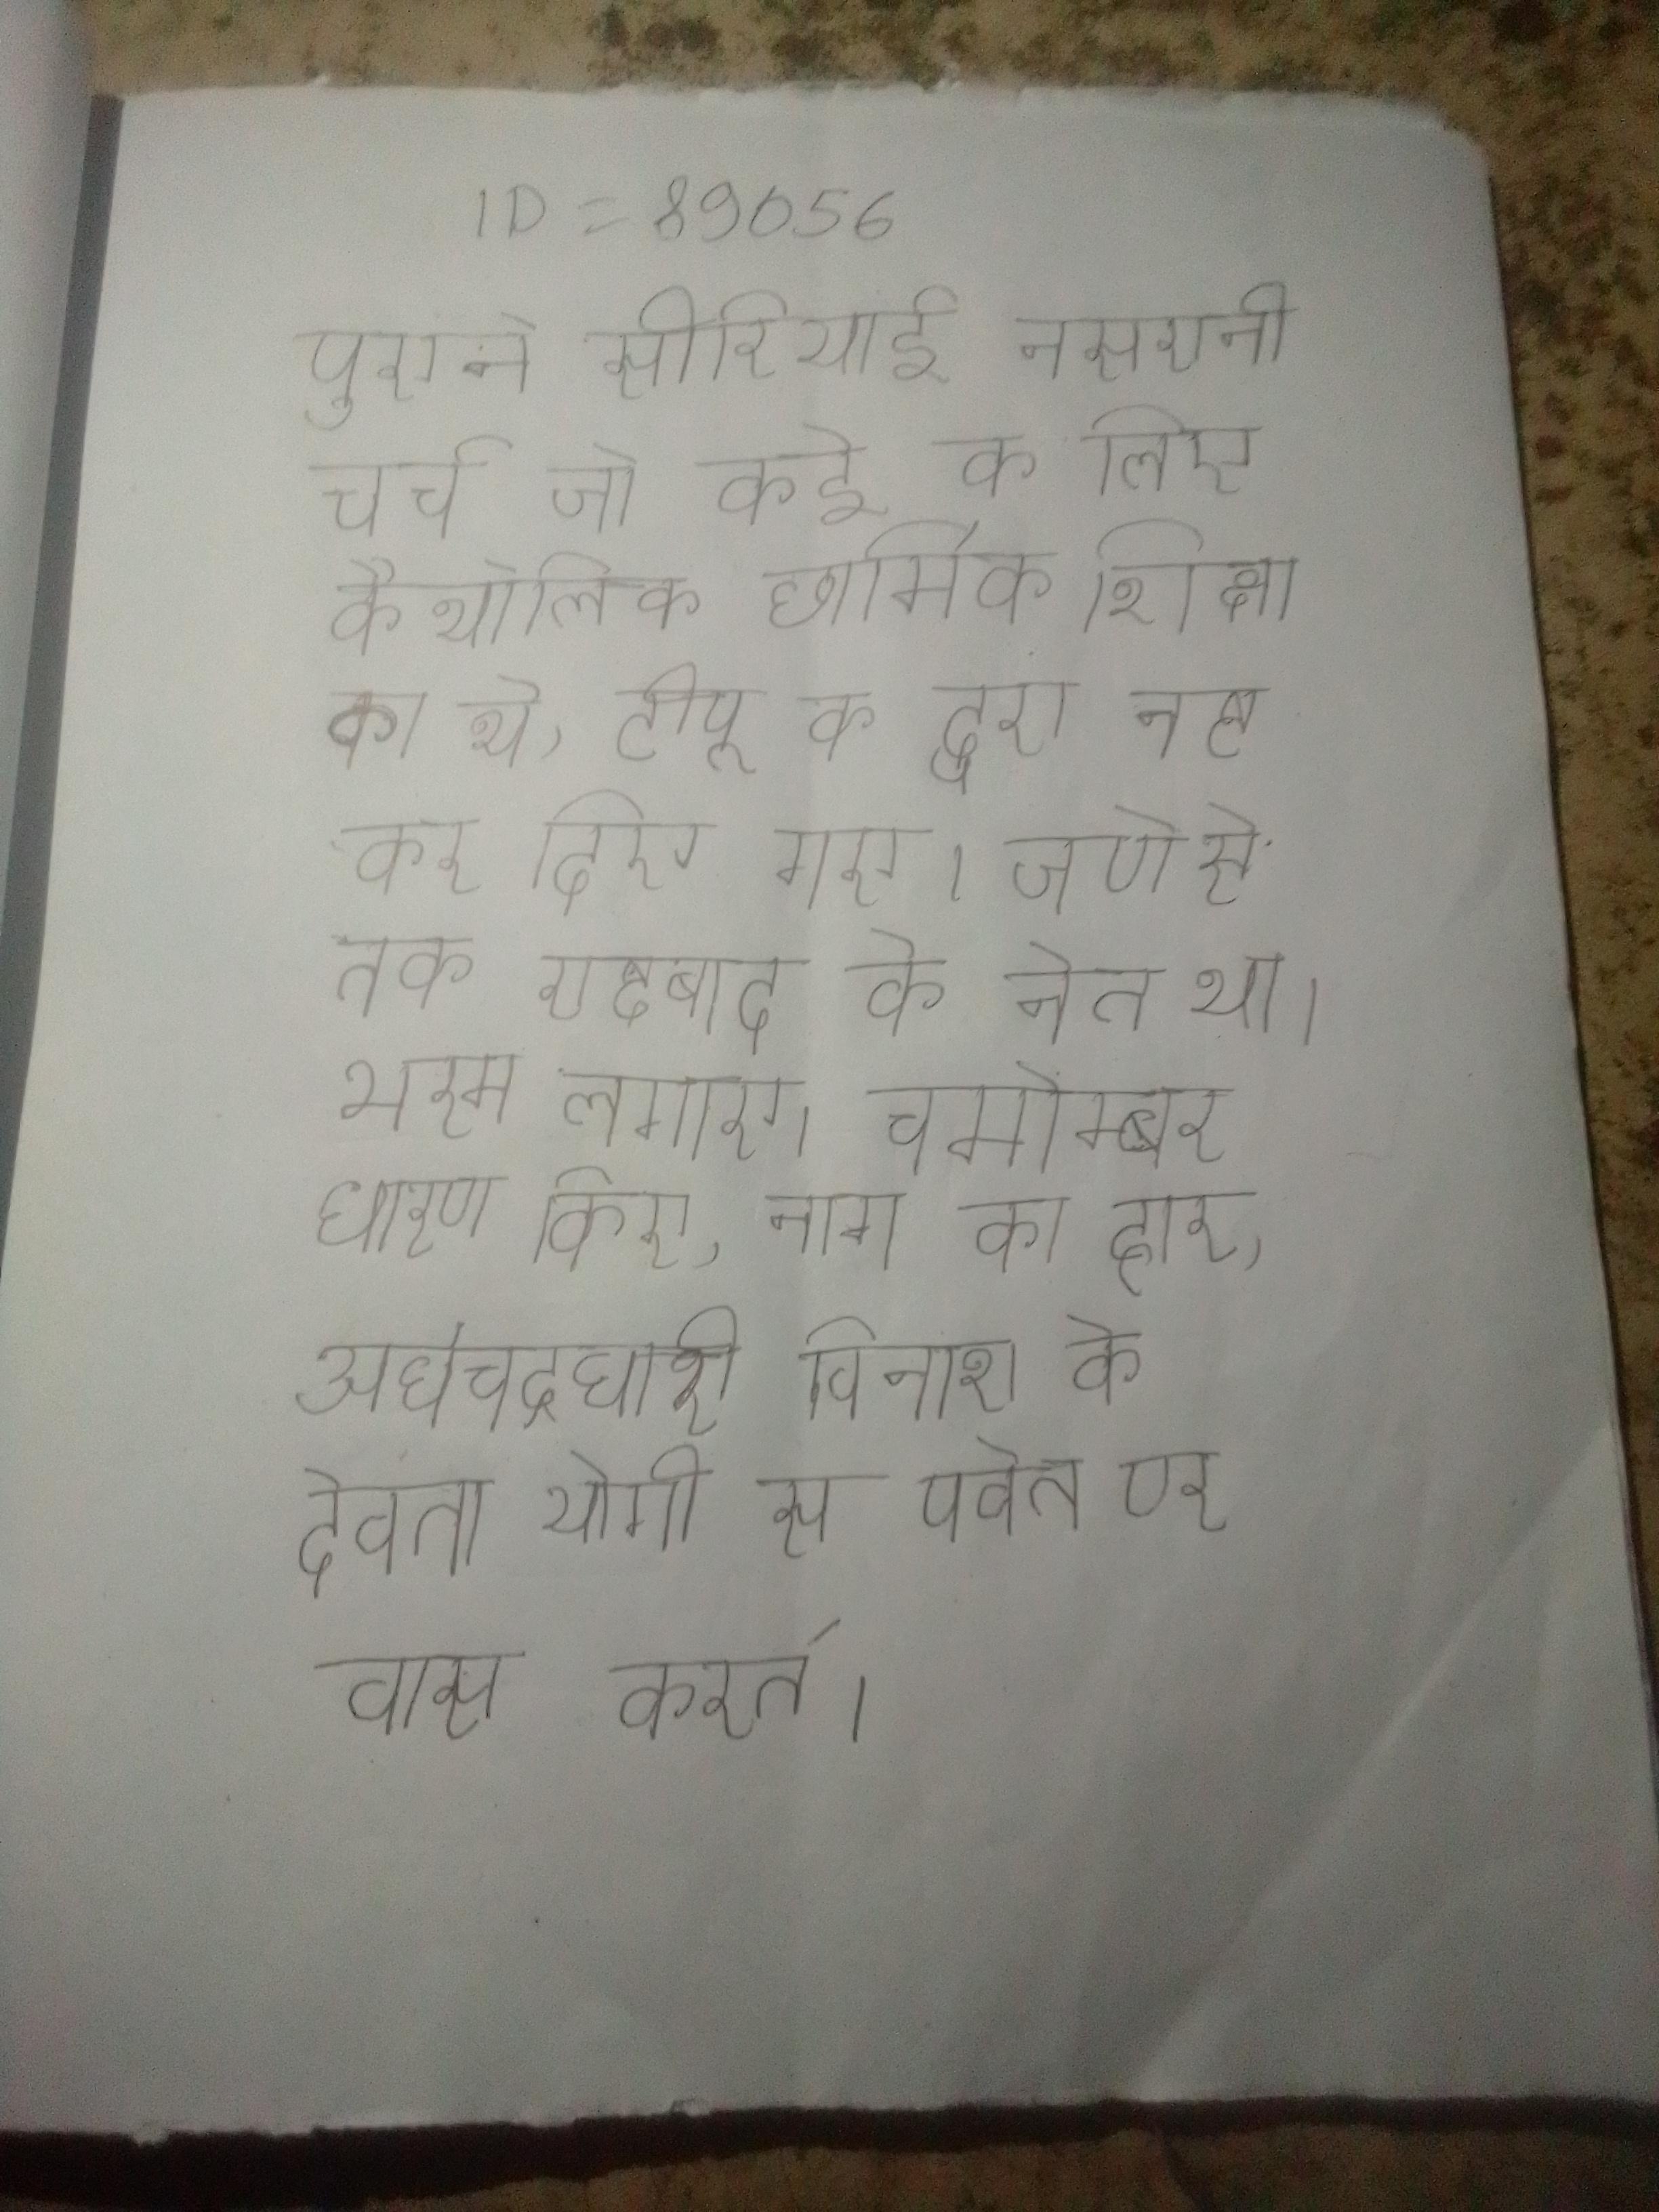
पुराने सीरियाई नसरानी चर्च जो कई के लिए कैथोलिक धार्मिक शिक्षा का थे, टीपू के द्वारा नष्ट कर दिए गए । जपो से तक राष्ट्रवाद के नेता थे । भस्म लगाए, चर्माम्बर धारण किए, नाग का हार, अर्धचद्रधारी विनाश के देवता योगी स् पर्वत पर वास करते ।